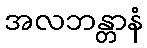
အလဘန္တာနံ